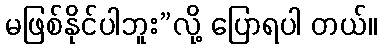
မဖြစ်နိုင်ပါဘူး”လို့ ပြောရပါ တယ်။